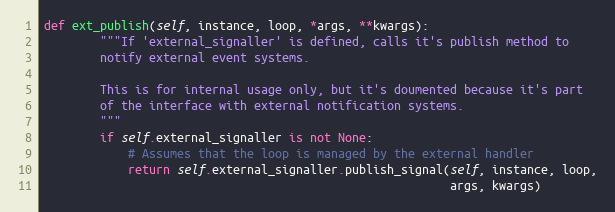
Language: Python
def ext_publish(self, instance, loop, *args, **kwargs):
        """If 'external_signaller' is defined, calls it's publish method to
        notify external event systems.

        This is for internal usage only, but it's doumented because it's part
        of the interface with external notification systems.
        """
        if self.external_signaller is not None:
            # Assumes that the loop is managed by the external handler
            return self.external_signaller.publish_signal(self, instance, loop,
                                                          args, kwargs)